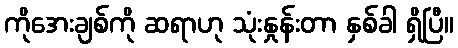
ကိုအေးချစ်ကို ဆရာဟု သုံးနှုန်းတာ နှစ်ခါ ရှိပြီ။